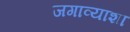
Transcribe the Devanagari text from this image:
जगाव्याशा